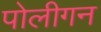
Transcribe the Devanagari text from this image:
पोलीगन